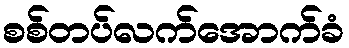
စစ်တပ်လက်အောက်ခံ